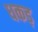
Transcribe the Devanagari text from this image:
धकड़